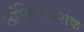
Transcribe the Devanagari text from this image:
अंतिमदशक